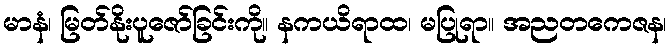
မာနံ၊ မြတ်နိုးပူဇော်ခြင်းကို။ နကယိရာထ၊ မပြုရာ။ အညတကေဇန၊